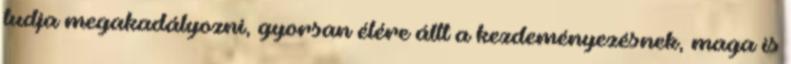
tudja megakadályozni, gyorsan élére állt a kezdeményezésnek, maga is